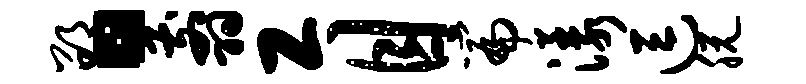
邵。翦工目篇漾逗脱